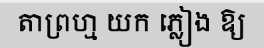
តាព្រហ្ម យក ភ្លៀង ឱ្យ